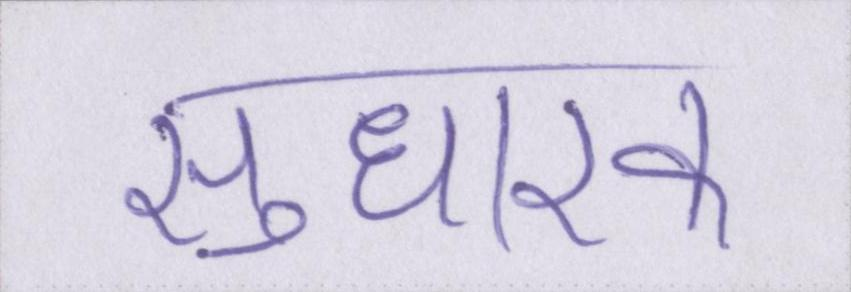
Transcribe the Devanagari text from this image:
सुधारक